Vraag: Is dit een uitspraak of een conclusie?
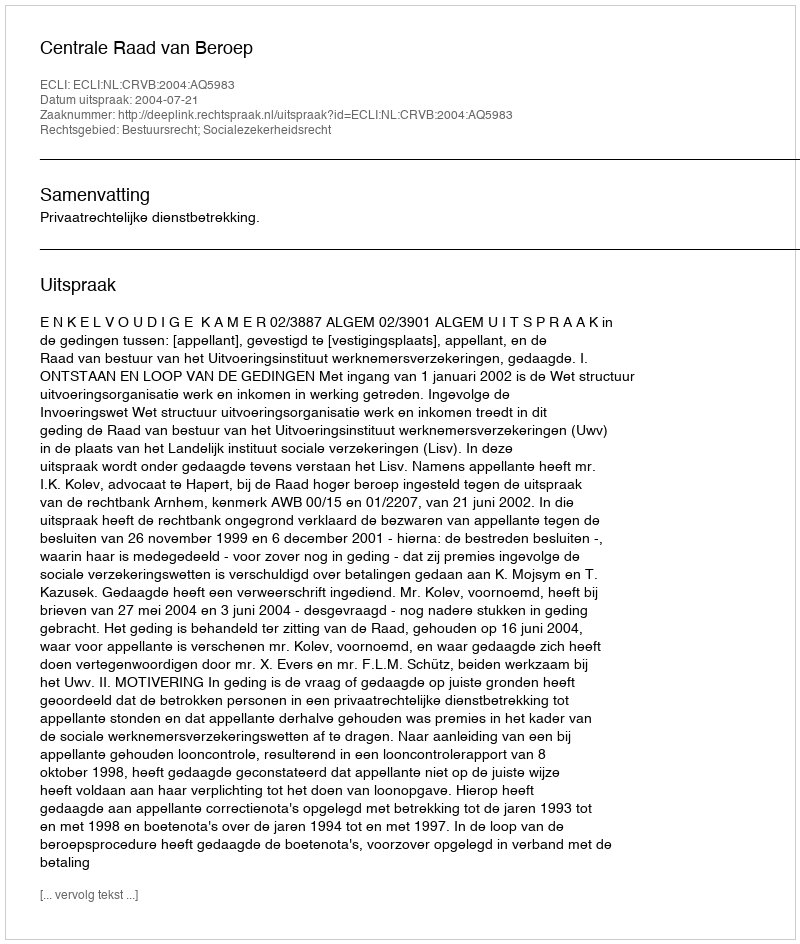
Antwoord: Uitspraak